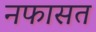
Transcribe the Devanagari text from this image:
नफासत